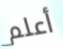
أعلم